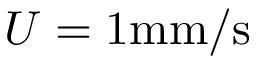
U = 1 \mathrm { m m / s }